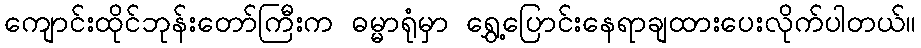
ကျောင်းထိုင်ဘုန်းတော်ကြီးက ဓမ္မာရုံမှာ ရွှေ့ပြောင်းနေရာချထားပေးလိုက်ပါတယ်။